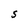
Character: S